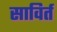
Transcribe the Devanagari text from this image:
साविर्त